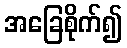
အခြေစိုက်၍